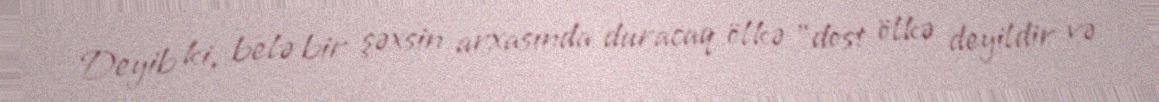
Deyib ki, belə bir şəxsin arxasında duracaq ölkə "dost ölkə deyildir və